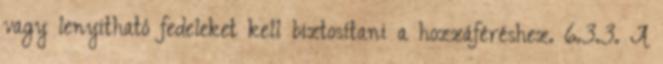
vagy lenyitható fedeleket kell biztosítani a hozzáféréshez. 6.3.3. A